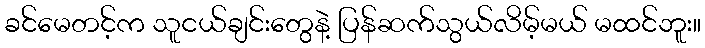
ခင်မေတင့်က သူငယ်ချင်းတွေနဲ့ ပြန်ဆက်သွယ်လိမ့်မယ် မထင်ဘူး။